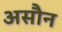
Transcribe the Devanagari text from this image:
असौन